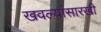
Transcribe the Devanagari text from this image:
खवल्यांसारखी